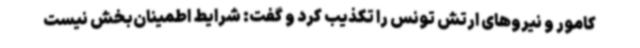
کامور و نیروهای ارتش تونس را تکذیب کرد و گفت: شرایط اطمینان‌بخش نیست